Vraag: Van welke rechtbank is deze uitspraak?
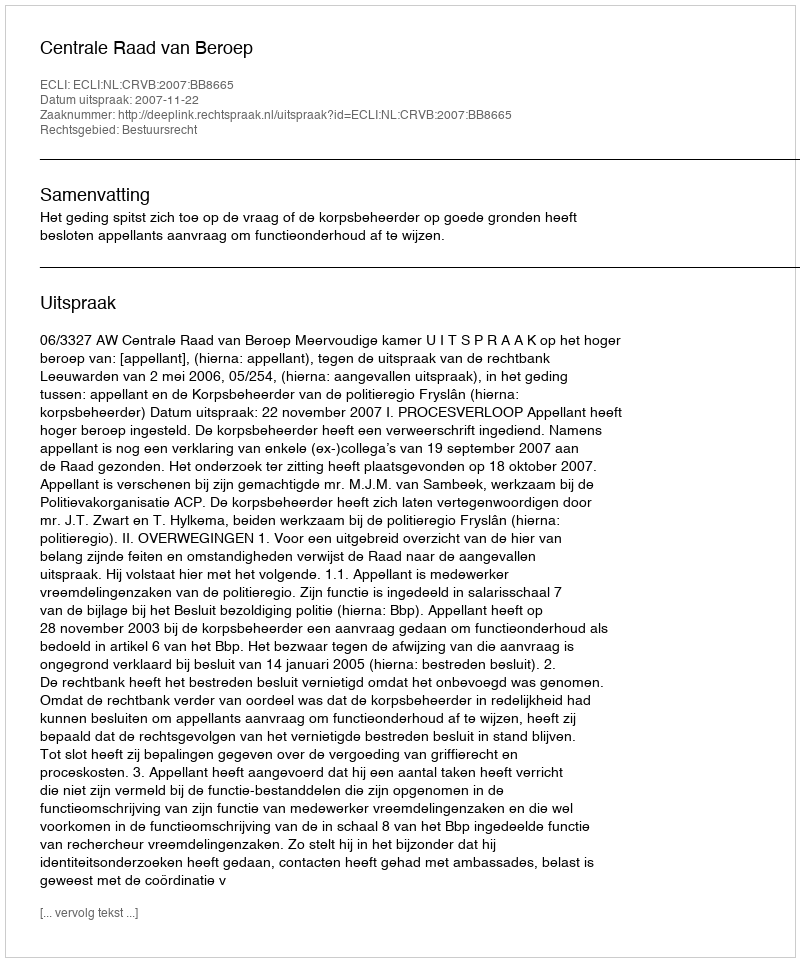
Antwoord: Centrale Raad van Beroep